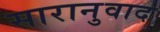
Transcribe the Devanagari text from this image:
सारानुवाद